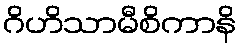
ဂိဟိသာမီစိကာနိ